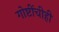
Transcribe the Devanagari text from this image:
गोष्टींचीही